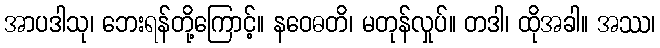
အာပဒါသု၊ ဘေးရန်တို့ကြောင့်။ နဝေဓတိ၊ မတုန်လှုပ်။ တဒါ၊ ထိုအခါ။ အဿ၊